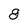
Character: 8